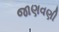
જાણવણી